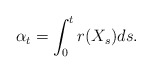
\begin{align*}\alpha_t = \int_0^t r(X_s) ds.\end{align*}